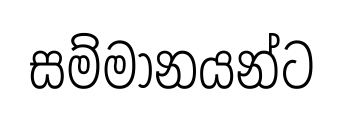
සම්මානයන්ට